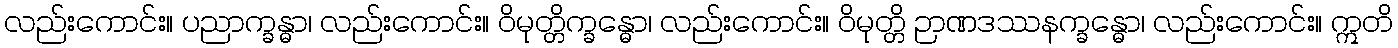
လည်းကောင်း။ ပညာက္ခန္ဓာ၊ လည်းကောင်း။ ဝိမုတ္တိက္ခန္ဓော၊ လည်းကောင်း။ ဝိမုတ္တိ ဉာဏဒဿနက္ခန္ဓော၊ လည်းကောင်း။ ဣတိ